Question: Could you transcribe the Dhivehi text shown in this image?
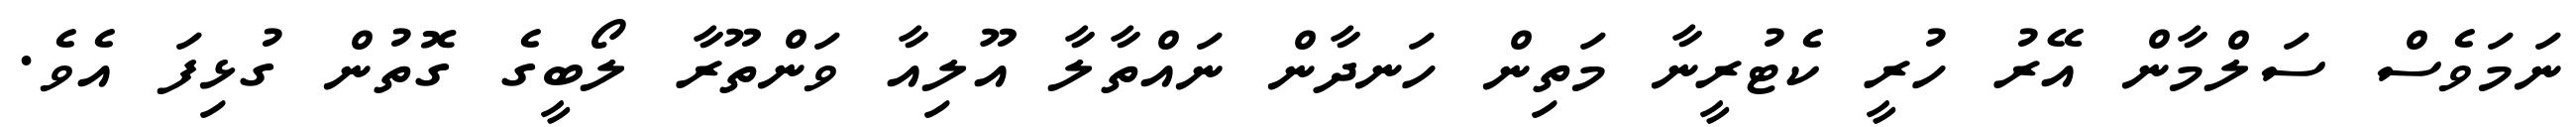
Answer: ނަމަވެސް ސަލްމާން އޭރު ހުރީ ކެޓުރީނާ މަތިން ހަނދާން ނައްތާލާ އޫލިއާ ވަންތޫރާ ލޯބީގެ ގޮތުން ގުޅިފަ އެވެ.